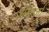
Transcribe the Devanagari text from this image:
अंतर्जा